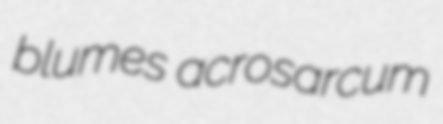
blumes acrosarcum